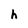
Character: h